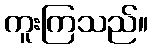
ကူးကြသည်။